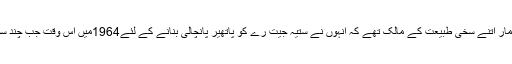
4اگست1929کو مدھیہ پردیش کے کھنڈوا میں پیدا ہونے والے کشور کمار اتنے سخی طبیعت کے مالک تھے کہ انہوں نے ستیہ جیت رے کو پاتھیر پانچالی بنانے کے لئے1964میں اس وقت جب چند سو روپوں کی نہایت اہمیت ہوتی تھی 5 ہزار روپے کی بھی مدد کی تھی۔